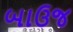
બાઉજ